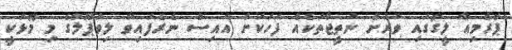
ޕްރެމިއާ ލީގުގައި ވަރަށް ނަތީޖާތަކެއް ފަހަކަށް އައިސް ނެރެފައިވާ ލިވަޕޫލްގެ މި މޮޅަކީ